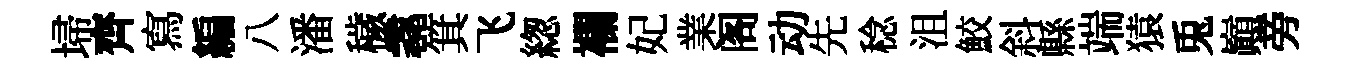
埽齊寫編八潘穢毳箕飞緫襴妃業阁动先稔沮鮫斜縣端猿兎巔旁